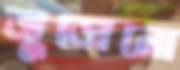
জুড়োনো